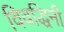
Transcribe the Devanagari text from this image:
विवद्धिनी